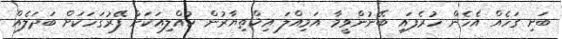
ބަށި ގަހެއް އެހެން ހުރެފައި ބޭނުންވީމާ އަމިއްލަ އިޚްތިޔާރުން ކުއްލިއަކަށް ފޭރުގަހަކަށް ބަދަލެއް